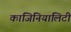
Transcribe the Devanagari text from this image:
कांजिनियालिटी